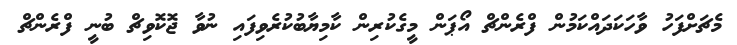
މެޗަށްފަހު ވާހަކަދައްކަމުން ފްރެންޗް އޯޕަން މީގެކުރިން ކާމިޔާބުކުރެވިފައި ނުވާ ޖޮކޮވިޗް ބުނީ ފްރެންޗް